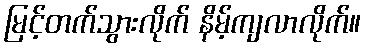
မြင့်တက်သွားလိုက် နိမ့်ကျလာလိုက်။